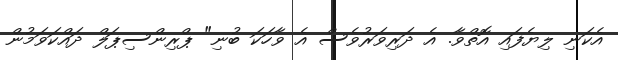
އެކަނި ލިޔެފައި އޮތްވާ. އެ ދަރިވަރުވެސް އެ ވާހަކަ ބުނި" ޕްރިންސިޕަލް ދައްކަވަމުން